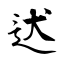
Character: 迖